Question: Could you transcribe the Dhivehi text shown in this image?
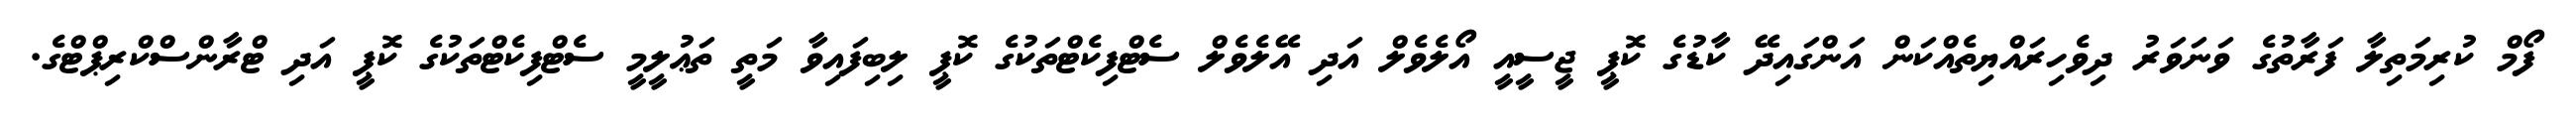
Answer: ފޯމް ކުރިމަތިލާ ފަރާތުގެ ވަނަވަރު ދިވެހިރައްޔިތެއްކަން އަންގައިދޭ ކާޑުގެ ކޮޕީ ޖީސީއީ އޯލެވެލް އަދި އޭލެވެލް ސެޓްފިކެޓްތަކުގެ ކޮޕީ ލިބިފައިވާ މަތީ ތަޢުލީމީ ސެޓްފިކެޓްތަކުގެ ކޮޕީ އަދި ޓްރާންސްކްރިޕްޓްގެ.